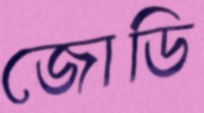
জোডি